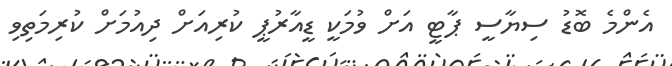
އެންމެ ބޮޑު ސިޔާސީ ޕާޓީ އަށް ވުމަކީ ޑީއާރުޕީ ކުރިއަށް ދިއުމަށް ކުރިމަތިވި